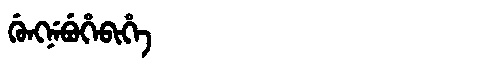
Manchu: ᡤᡠᠩᠨᡝᠪᡠᡥᡝᠪᡳᡥᡝ
Romanization: GUNGNEBUHEBIHE